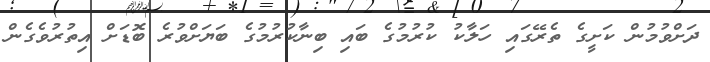
ދަށްވުމުން ކަށީގެ ތެރޭގައި ހަލާކު ކުރުމުގެ ބައި ބިނާކުރުމުގެ ބަޔަށްވުރެ ބޮޑަށް އިތުރުވެގެން